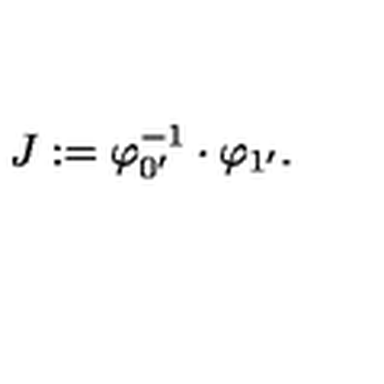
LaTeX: J : = \varphi _ { 0 ^ { \prime } } ^ { - 1 } \cdot \varphi _ { 1 ^ { \prime } } .